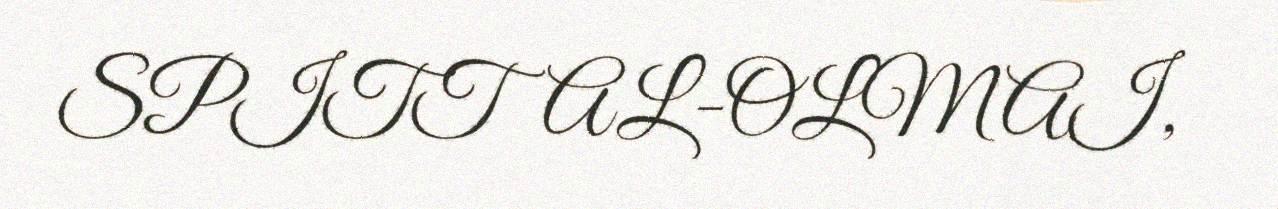
SPITTAL-OLMAI,